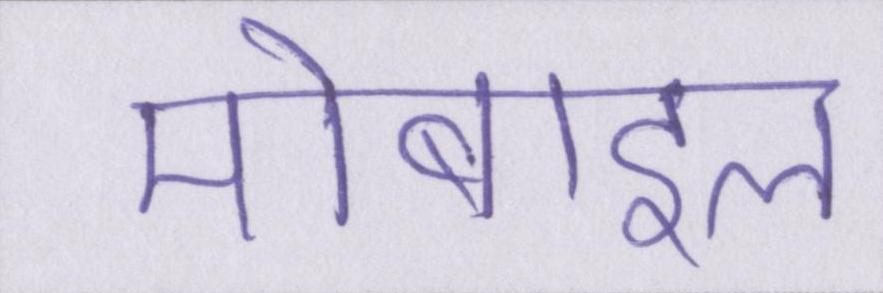
मोबाइल